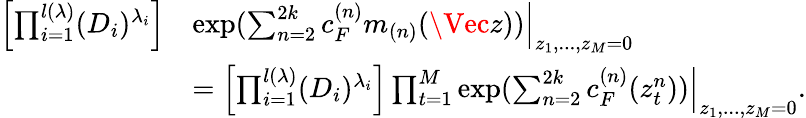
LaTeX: \begin{array}{rl}{\left[\prod_{i=1}^{l(\lambda)}(D_{i})^{\lambda_{i}}\right]}&{\exp(\sum_{n=2}^{2k}c_{F}^{(n)}m_{(n)}(\Vec{z}))\Bigr|_{z_{1},...,z_{M}=0}}\\ &{=\left[\prod_{i=1}^{l(\lambda)}(D_{i})^{\lambda_{i}}\right]\prod_{t=1}^{M}\exp(\sum_{n=2}^{2k}c_{F}^{(n)}(z_{t}^{n}))\Bigr|_{z_{1},...,z_{M}=0}.}\end{array}